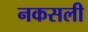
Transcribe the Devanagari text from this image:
नकसली